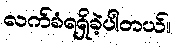
လက်ခံရရှိခဲ့ပါတယ်။